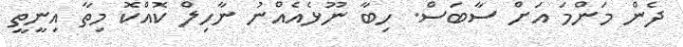
ދެން މަންމަ އަށް ސާބަސް. ހިބާ ނޫޅެއެއްނު ނާހިލް ކޮއްކޮ މިތާ އިނީތީ